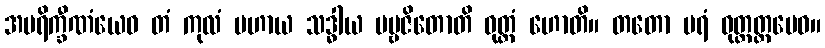
အပရိက္ခီဏံယေဝ တံ ကုလံ ပဟာယ သဒ္ဓါယ ပဗ္ဗဇိတောတိ ဝုတ္တံ ဟောတိ။ တတော ပရံ ဝုတ္တတ္ထမေဝ။